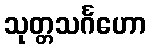
သုတ္တသင်္ဂဟော